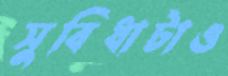
সুবিধাটাও